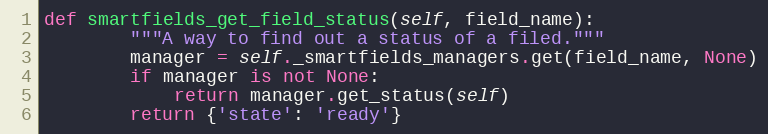
Language: Python
def smartfields_get_field_status(self, field_name):
        """A way to find out a status of a filed."""
        manager = self._smartfields_managers.get(field_name, None)
        if manager is not None:
            return manager.get_status(self)
        return {'state': 'ready'}